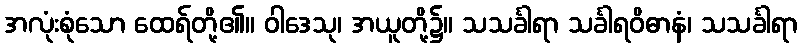
အလုံးစုံသော ထေရ်တို့၏။ ဝါဒေသု၊ အယူတို့၌။ သသင်္ခါရာ သင်္ခါရဝိဓာနံ၊ သသင်္ခါရာ